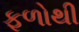
ફળોથી